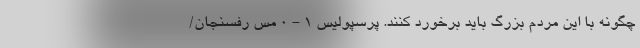
چگونه با این مردم بزرگ باید برخورد کنند. پرسپولیس 1 - 0 مس رفسنجان/